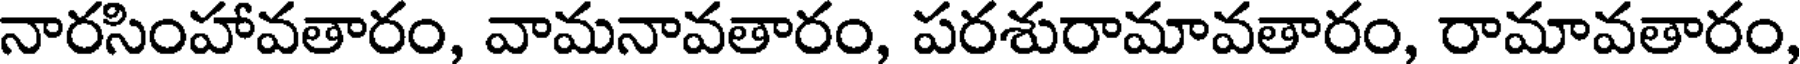
నారసింహావతారం, వామనావతారం, పరశురామావతారం, రామావతారం,